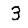
Digit: 3